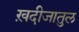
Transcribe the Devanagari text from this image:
ख़दीजातुल